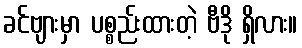
ခင်ဗျားမှာ ပစ္စည်းထားတဲ့ ဗီဒို ရှိလား။